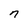
Character: n